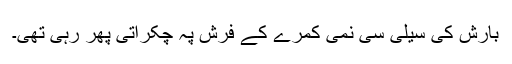
بارش کی سیلی سی نمی کمرے کے فرش پہ چکراتی پھر رہی تھی۔